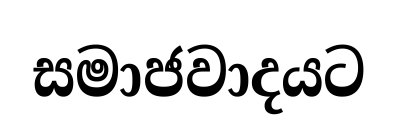
සමාජවාදයට